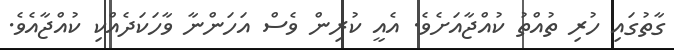
ގާތުގައި ހުރި ތުއްތު ކުއްޖާއަށެވެ. އެއީ ކުރިން ވެސް އަހަންނާ ވާހަކަދެއްކި ކުއްޖާއެވެ.